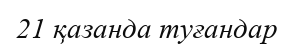
21 қазанда туғандар